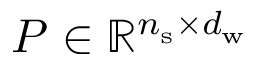
P \in \mathbb { R } ^ { n _ { \mathrm { s } } \times d _ { \mathrm { w } } }